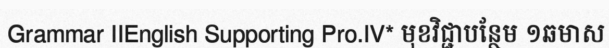
Grammar IIEnglish Supporting Pro.IV* មុខវិជ្ជាបន្ថែម ១ឆមាស